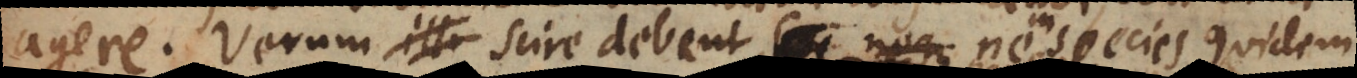
agere. Verum scire debent, ne in species quidem